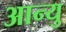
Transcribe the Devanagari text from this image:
आन्यु